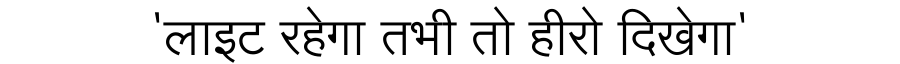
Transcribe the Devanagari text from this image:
'लाइट रहेगा तभी तो हीरो दिखेगा'